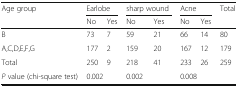
<table><thead><tr><td rowspan="2"><b>Age group</b></td><td colspan="2"><b>Earlobe</b></td><td colspan="2"><b>sharp wound</b></td><td colspan="2"><b>Acne</b></td><td rowspan="2"><b>Total</b></td></tr><tr><td><b>No</b></td><td><b>Yes</b></td><td><b>No</b></td><td><b>Yes</b></td><td><b>No</b></td><td><b>Yes</b></td></tr></thead><tbody><tr><td>B</td><td>73</td><td>7</td><td>59</td><td>21</td><td>66</td><td>14</td><td>80</td></tr><tr><td>A,C,D,E,F,G</td><td>177</td><td>2</td><td>159</td><td>20</td><td>167</td><td>12</td><td>179</td></tr><tr><td>Total</td><td>250</td><td>9</td><td>218</td><td>41</td><td>233</td><td>26</td><td>259</td></tr><tr><td><i>P</i> value (chi-square test)</td><td colspan="2">0.002</td><td colspan="2">0.002</td><td colspan="2">0.008</td><td></td></tr></tbody></table>